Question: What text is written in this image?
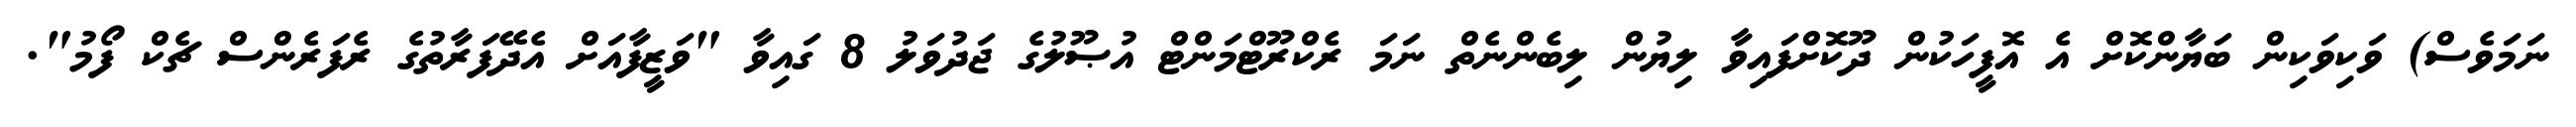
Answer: ނަމަވެސް) ވަކިވަކިން ބަޔާންކޮށް އެ އޮފީހަކުން ދޫކޮށްފައިވާ ލިޔުން ލިބެންނެތް ނަމަ ރެކްރޫޓްމަންޓް އުޞޫލުގެ ޖަދުވަލު 8 ގައިވާ "ވަޒީފާއަށް އެދޭފަރާތުގެ ރެފަރެންސް ޗެކް ފޯމު".